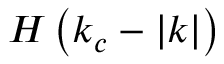
H \left( k _ { c } - | \boldsymbol { k } | \right)